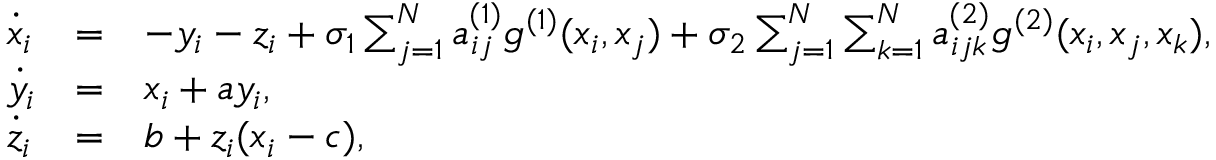
\begin{array} { l l l } { \dot { x } _ { i } } & { = } & { - y _ { i } - z _ { i } + \sigma _ { 1 } \sum _ { j = 1 } ^ { N } a _ { i j } ^ { ( 1 ) } { g } ^ { ( 1 ) } ( x _ { i } , x _ { j } ) + \sigma _ { 2 } \sum _ { j = 1 } ^ { N } \sum _ { k = 1 } ^ { N } a _ { i j k } ^ { ( 2 ) } { g } ^ { ( 2 ) } ( x _ { i } , x _ { j } , x _ { k } ) , } \\ { \dot { y } _ { i } } & { = } & { x _ { i } + a y _ { i } , } \\ { \dot { z } _ { i } } & { = } & { b + z _ { i } ( x _ { i } - c ) , } \end{array}